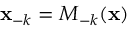
{ \bf x } _ { - k } = M _ { - k } ( { \bf x } )